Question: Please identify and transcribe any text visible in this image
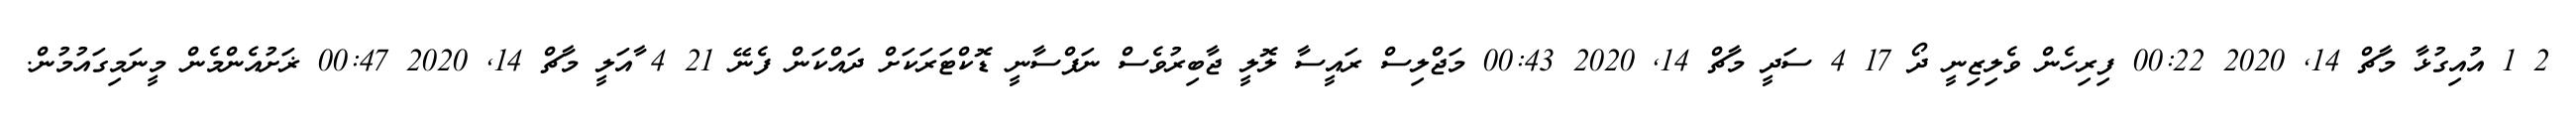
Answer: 2 1 އުއިގުޅާ މާޗް 14, 2020 00:22 ފިރިހެން ވެލިޒިނީ ދޯ 17 4 ސަދީ މާޗް 14, 2020 00:43 މަޖްލިސް ރައީސާ ލޮލީ ޖާބިރުވެސް ނަފްސާނީ ޑޮކްޓަރަކަށް ދައްކަން ފެނޭ 21 4 ާއަލީ މާޗް 14, 2020 00:47 ޜަށުއެންމެން މީނަމިގައުމުން.